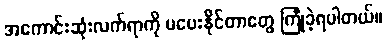
အကောင်းဆုံးလက်ရာကို မပေးနိုင်တာတွေ ကြုံခဲ့ရပါတယ်။